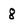
Character: 8